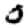
Digit: 0